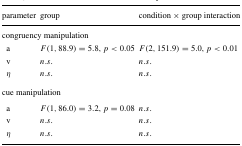
<table><thead><tr><td><b>parameter</b></td><td><b>group</b></td><td><b>condition × group interaction</b></td></tr></thead><tbody><tr><td colspan="3">congruency manipulation</td></tr><tr><td>a</td><td><i>F</i>(1,88.9)=5.8, <i>p</i> &lt; 0.05</td><td><i>F</i>(2,151.9)=5.0, <i>p</i> &lt; 0.01</td></tr><tr><td>v</td><td><i>n</i>.<i>s</i>.</td><td><i>n</i>.<i>s</i>.</td></tr><tr><td><i>η</i></td><td><i>n</i>.<i>s</i>.</td><td><i>n</i>.<i>s</i>.</td></tr><tr><td colspan="3">cue manipulation</td></tr><tr><td>a</td><td><i>F</i>(1,86.0)=3.2, <i>p</i> = 0.08</td><td><i>n</i>.<i>s</i>.</td></tr><tr><td>v</td><td><i>n</i>.<i>s</i>.</td><td><i>n</i>.<i>s</i>.</td></tr><tr><td><i>η</i></td><td><i>n</i>.<i>s</i>.</td><td><i>n</i>.<i>s</i>.</td></tr></tbody></table>